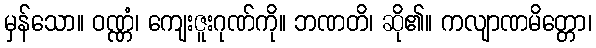
မှန်သော။ ဝဏ္ဏံ၊ ကျေးဇူးဂုဏ်ကို။ ဘဏတိ၊ ဆို၏။ ကလျာဏမိတ္တော၊